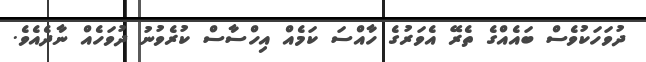
ދުވަހަކުވެސް ބައެއްގެ ތެރޭ އެވަރުގެ ހާއްސަ ކަމެއް އިހްސާސް ކުރެވުނު ދުވަހެއް ނާދެއެވެ.